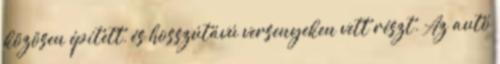
közösen épített, és hosszútávú versenyeken vett részt. Az autó